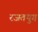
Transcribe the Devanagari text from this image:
रजतयुग